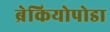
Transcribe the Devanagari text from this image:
ब्रेकियोपोडा